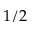
1 / 2